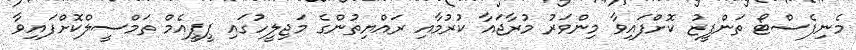
މެނިފެސްޓޯ ތަންފީޒު ކޮށްފައިވާ މިންވަރު މުރާޖައާ ކުރުމާއި ރައްޔިތުންގެ މަޖިލީހުގައި ޕީޕީއެމް ތަމްސީލްކޮށްފައިވާ